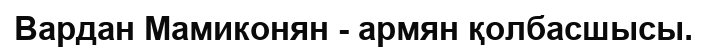
Вардан Мамиконян - армян қолбасшысы.